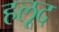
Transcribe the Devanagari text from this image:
हलूद